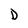
Character: D